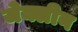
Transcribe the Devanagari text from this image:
जेक्लीन